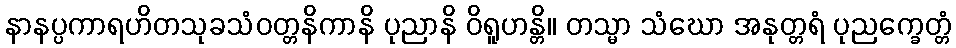
နာနပ္ပကာရဟိတသုခသံဝတ္တနိကာနိ ပုညာနိ ဝိရူဟန္တိ။ တသ္မာ သံဃော အနုတ္တရံ ပုညက္ခေတ္တံ